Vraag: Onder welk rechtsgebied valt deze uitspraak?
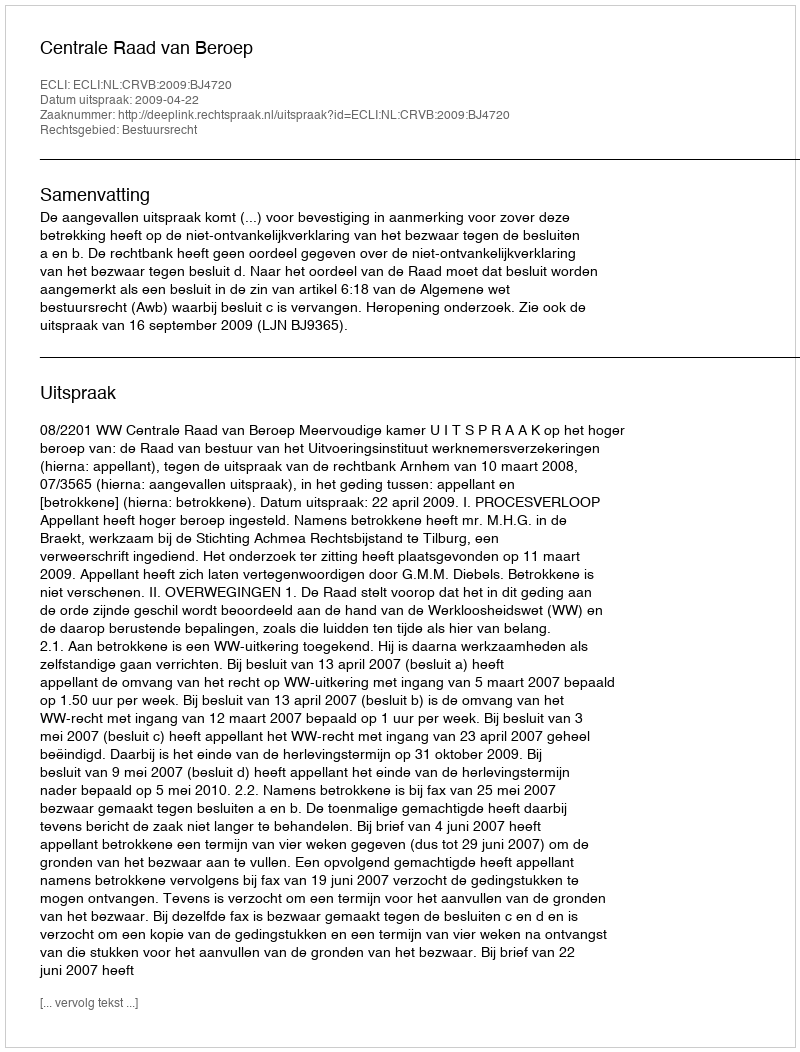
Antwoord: Bestuursrecht